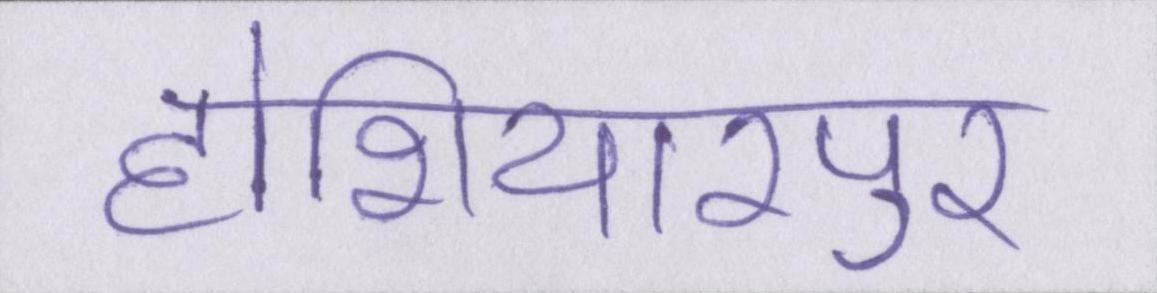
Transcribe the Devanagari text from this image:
होशियारपुर